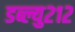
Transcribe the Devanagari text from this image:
डब्ल्यु२१२